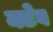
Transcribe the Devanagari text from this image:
क्टेव